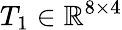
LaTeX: T_{1}\in\mathbb{R}^{8\times 4}